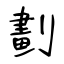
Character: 劃